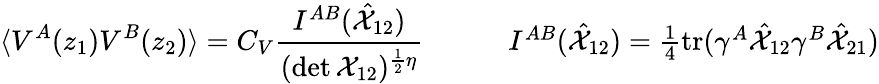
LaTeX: \begin{array}{cc}{{\displaystyle{\langle V^{A}(z_{1})V^{B}(z_{2})\rangle=C_{V}\frac{I^{AB}(\hat{{\cal X}}_{12})}{(\operatorname*{det}{\cal X}_{12})^{\frac{1}{2}\eta}}}~~~~}}&{{~~~~I^{AB}(\hat{{\cal X}}_{12})=\textstyle{\frac{1}{4}}\mathrm{tr}(\gamma^{A}\hat{{\cal X}}_{12}\gamma^{B}\hat{{\cal X}}_{21})}}\end{array}